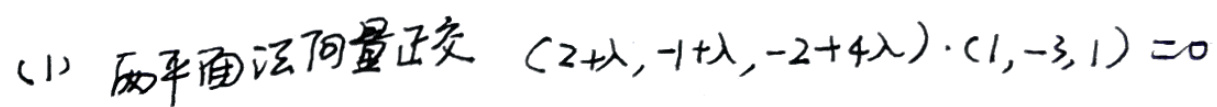
(1) 两平面法向量正交\((2+\lambda,-1+\lambda,-2+4\lambda)\cdot(1,-3,1)=0\)